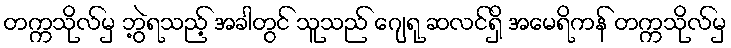
တက္ကသိုလ်မှ ဘွဲ့ရသည့် အခါတွင် သူသည် ဂျေရု ဆလင်ရှိ အမေရိကန် တက္ကသိုလ်မှ